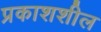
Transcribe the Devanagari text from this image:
प्रकाशशील